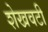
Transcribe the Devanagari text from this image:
शेखवटी